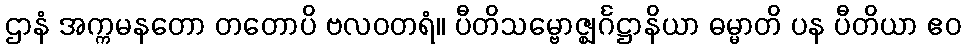
ဌာနံ အက္ကမနတော တတောပိ ဗလဝတရံ။ ပီတိသမ္ဗောဇ္ဈင်္ဂဋ္ဌာနိယာ ဓမ္မာတိ ပန ပီတိယာ ဧဝ